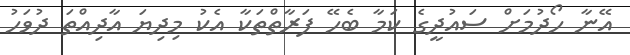
އޭނާ ހޯދުމަށް ސައުދީގެ ކަމާ ބެހޭ ފަރާތްތަކާ އެކު މިދިޔަ އާދިއްތަ ދުވަހު